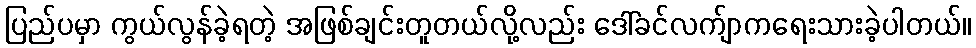
ပြည်ပမှာ ကွယ်လွန်ခဲ့ရတဲ့ အဖြစ်ချင်းတူတယ်လို့လည်း ဒေါ်ခင်လက်ျာကရေးသားခဲ့ပါတယ်။